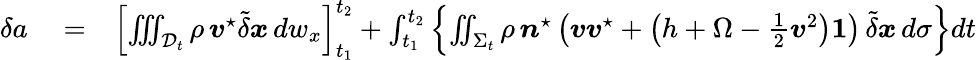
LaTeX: \begin{array}{rlr}{\delta a}&{{}=}&{\left[\iiint_{{\mathcal D}_{t}}\rho\, {\boldsymbol v}^{\star}\tilde{\delta}\boldsymbol{x}\, dw_{x}\right]_{t_{1}}^{t_{2}}+\int_{t_{1}}^{t_{2}}\left\{ \iint_{\Sigma_{t}}\rho\, \boldsymbol{n}^{\star}\left({\boldsymbol v}{\boldsymbol v}^{\star}+\left(h+\Omega-\frac{1}{2}{\boldsymbol v}^{2}\right)\boldsymbol 1\right)\, \tilde{\delta}\boldsymbol{x}\, d\sigma\right\} dt}\end{array}